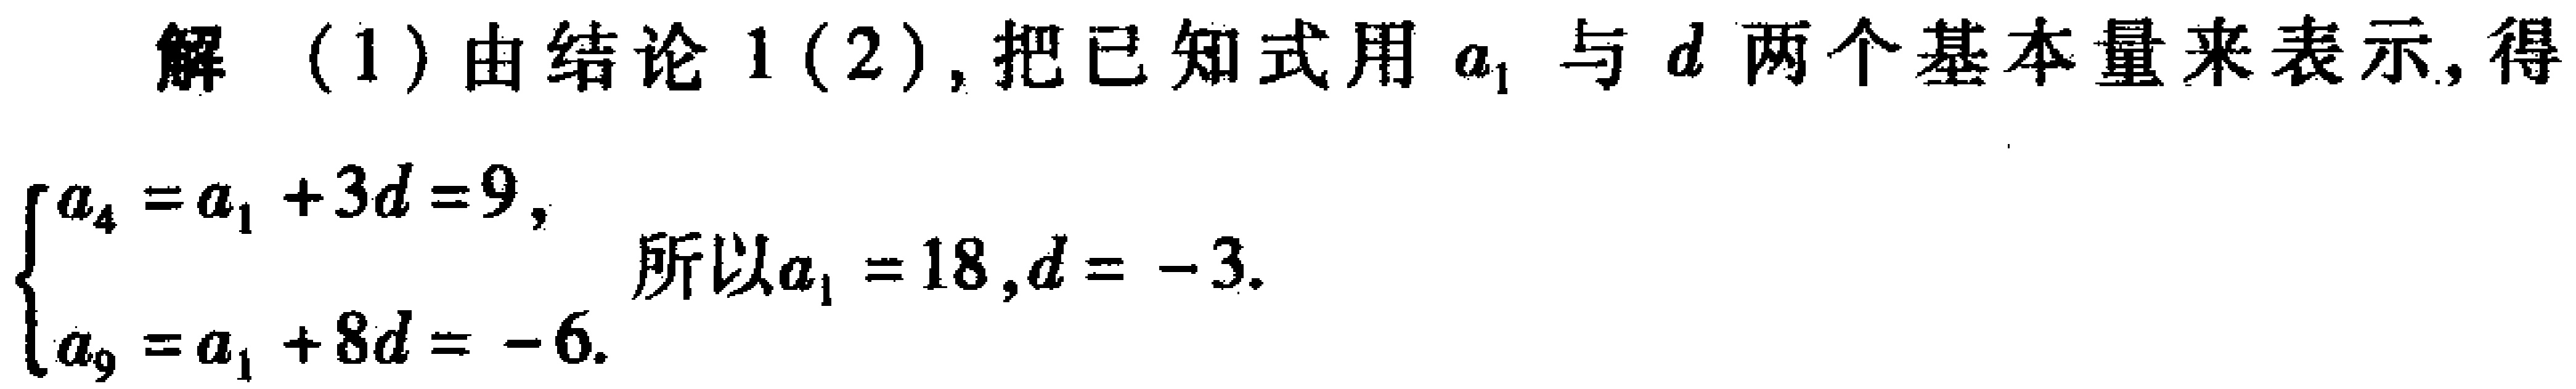
解 (1) 由结论 1(2), 把已知式用 \(a_{1}\) 与 \(d\) 两个基本量来表示, 得
\[\begin{cases}
a_{4}=a_{1}+3d = 9,\\
a_{9}=a_{1}+8d=-6.
\end{cases}\]
所以 \(a_{1}=18,d = - 3\).